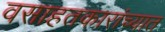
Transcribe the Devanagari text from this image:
वसाहतकारांच्यात